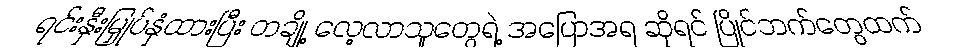
ရင်းနှီးမြှုပ်နှံထားပြီး တချို့ လေ့လာသူတွေရဲ့ အပြောအရ ဆိုရင် ပြိုင်ဘက်တွေထက်